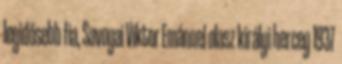
legidősebb fia, Savoyai Viktor Emánuel olasz királyi herceg 1937